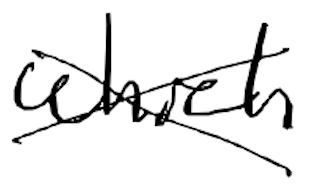
Text: which
Cross-out: cross
Writing tool: digital_black